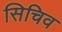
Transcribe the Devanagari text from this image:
सिचिव